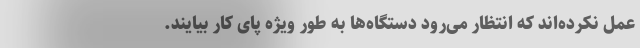
عمل نکرده‌اند که انتظار می‌رود دستگاه‌ها به طور ویژه پای کار بیایند.